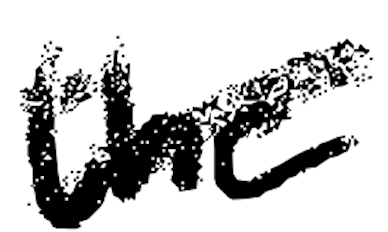
Text: the
Cross-out: diagonal
Writing tool: digital_black